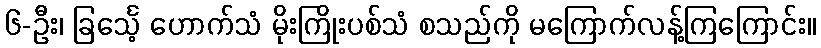
၆-ဦး၊ ခြင်္သေ့ ဟောက်သံ မိုးကြိုးပစ်သံ စသည်ကို မကြောက်လန့်ကြကြောင်း။